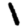
Digit: 1